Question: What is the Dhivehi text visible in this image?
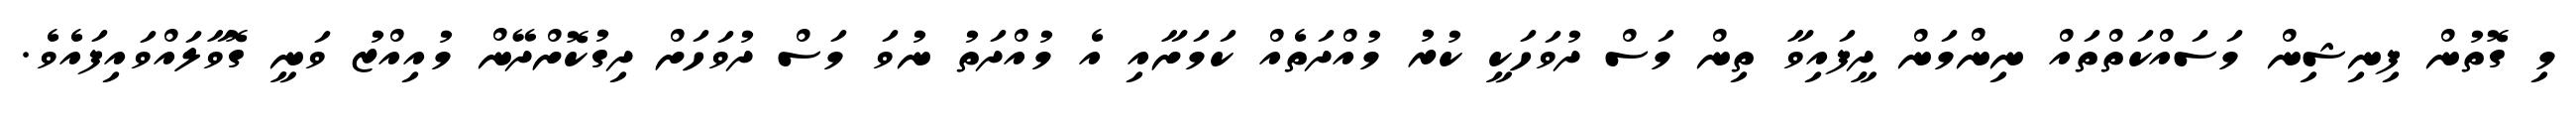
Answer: މި ގޮތުން ފިނިޝިން މަސައްކަތްތައް ނިންމަން ދީފައިވާ ތިން މަސް ދުވަހަކީ ކުރު މުއްދަތެއް ކަމަށާއި އެ މުއްދަތު ނުވަ މަސް ދުވަހަށް ދިގުކޮށްދޭން މުއިއްޒު ވަނީ ގޮވާލައްވައިފައެވެ.